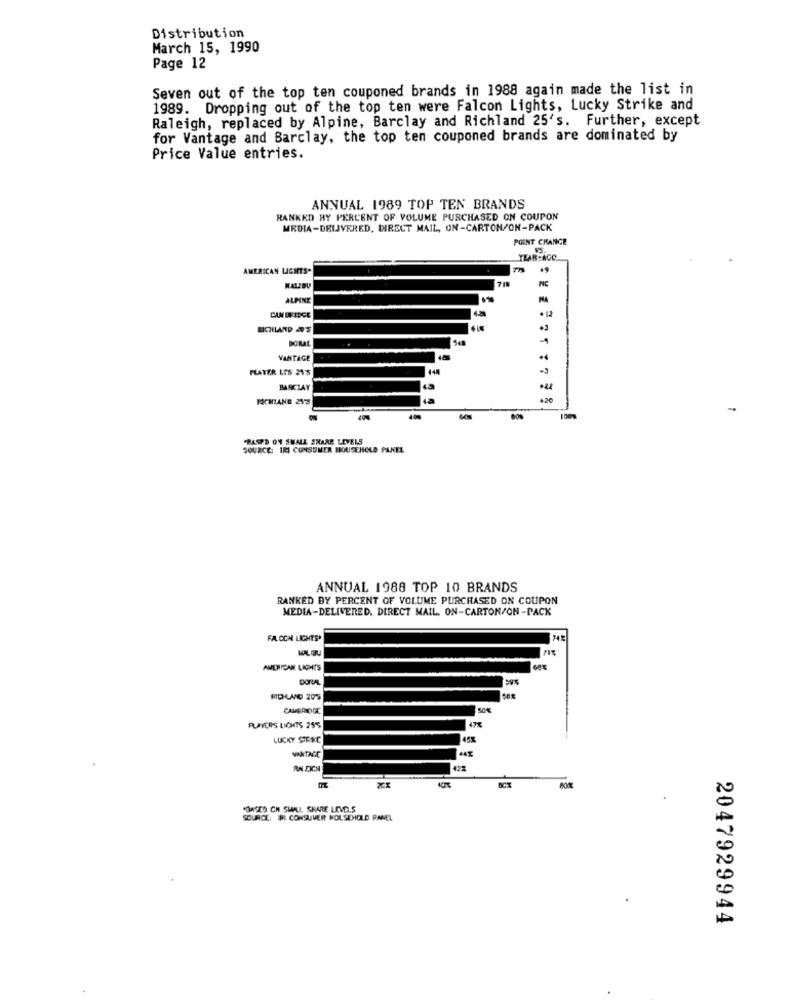
Distribution
March 15, 1990
Page 12
Seven out of the top ten couponed brands in 1988 again made the list in
1989. Dropping out of the top ten were Falcon Lights, Lucky Strike and
Raleigh, replaced by Alpine, Barclay and Richland 25's. Further, except
for Vantage and Barclay, the top ten couponed brands are dominated by
Price Value entries.
ANNUAL 1989 TOP TEN BRANDS
RANKED HY PERCENT OF VOLUME PURCHASED ON COUPON
MRDIA-DELIVERED, DIRECT MAIL, ON-CARTON/ON-PACK
POINT CHANGE
YEAR-AGO
AMERICAN LIGHTS"
MALIBU
ALPINE
MA
CAMBRIDGE
DORAL
VANTAGE
PLAYER LES 21%
BARCLAY
43
MICHANG 29-3
"BASED ON SHALL SNAAR LEVELS
SOURCE: IRI CONSUMER HOUSEHOLD PANEL
ANNUAL 1988 TOP 10 BRANDS
RANKED BY PERCENT OF VOLUME PURCHASED ON COUPON
MEDIA-DELIVERED. DIRECT MAIL, ON-CARTON/ON -PACK
FACON LIGHTS'
AMERICAN LIGHTS
CAUSAROCE
PLAYERS LIGHTS 255
47%
LUCKY STERE
453
VANTAGE
RAPICH
POASED CH SHALL, SHARE LEVELS
SOURCE: IRI CONSUMER HOUSEHOLD PANEL
2047929944